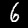
Label: 6